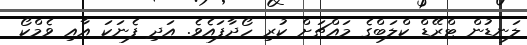
ލަނޑުން ޓްރޭޑް ކްލަބްގެ މައްޗަށް ކުރި ހޯދާފައެވެ. އަދި ފެނަކަ އާއި ވެމްކޯ